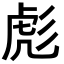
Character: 彪